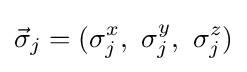
{\vec {\sigma }}_{j}=(\sigma _{j}^{x},~\sigma _{j}^{y},~\sigma _{j}^{z})